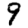
Digit: 9